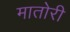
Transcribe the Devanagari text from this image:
मातोरी